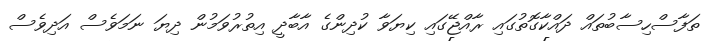
ތަފާސްހިސާބުތައް ދައްކާގޮތުގައި ރާއްޖޭގައި ކިޔަވާ ކުދިންގެ އާބާދީ އިތުރުވަމުން ދިޔަ ނަމަވެސް އަދިވެސް